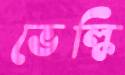
ভেল্কি